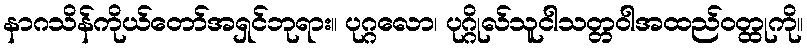
နာဂသိန်ကိုယ်တော်အရှင်ဘုရား။ ပုဂ္ဂလော၊ ပုဂ္ဂိုလ်သူငါသတ္တဝါအထည်ဝတ္ထုကို။